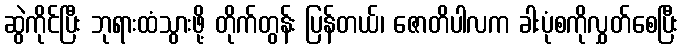
ဆွဲကိုင်ပြီး ဘုရားထံသွားဖို့ တိုက်တွန်း ပြန်တယ်၊ ဇောတိပါလက ခါးပုံစကိုလွှတ်စေပြီး